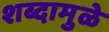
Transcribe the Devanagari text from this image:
शब्दामुळे